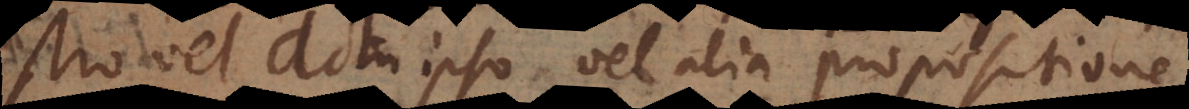
vel actu ipso vel alia propositione